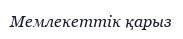
Мемлекеттік қарыз